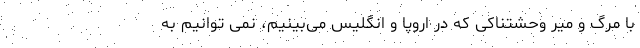
با مرگ و میر وحشتناکی که در اروپا و انگلیس می‌‌بینیم، نمی توانیم به